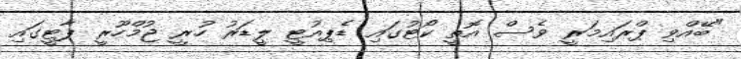
"ބޭއްވި ޕްރައިމަރީ ވެސް އޮތީ ކޯޓުގައި ޑެޕިއުޓީ ލީޑަރު ހުރީ ޖުމްހޫރީ ޕާޓީގައި